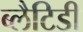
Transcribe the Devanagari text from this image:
ब्लैटिडी